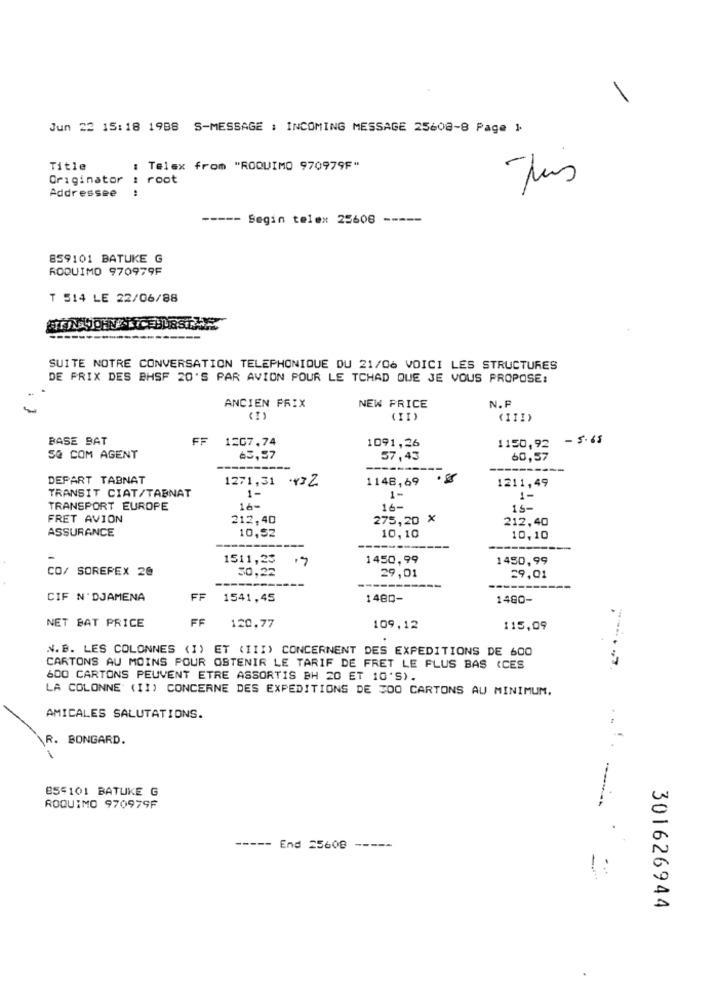
Jun 22 15:18 1988 S-MESSAGE : INCOMING MESSAGE 25608-8 Page 1.
Title
: Telex from "ROQUIMO 970979F"
Originator
: root
Tus
Addressee
..
----- Segin telex 25606
859101 BATUKE G
ROQUIMO 970979F
T 514 LE 22/06/88
SUITE NOTRE CONVERSATION TELEPHONIQUE DU 21/06 VOICI LES STRUCTURES
DE PRIX DES BHSF 20'S PAR AVION POUR LE TCHAD QUE JE VOUS PROPOSE:
ANCIEN PRIX
NEW PRICE
N.F
( I)
(II)
(III)
BASE BAT
FF 1207.74
- 5.65
1091,26
1150,92
SQ COM AGENT
63,57
57,43
60,57
---
----
DEPART TABNAT
1148,69
1211,49
1271,31 Y32
TRANSIT CIAT/TABNAT
1-
1-
1-
TRANSPORT EUROPE
16-
16-
15-
FRET AVION
212,40
275,20 X
212,40
ASSURANCE
10,52
10,10
10,10
17
1450,99
1450,99
CO/ SOREPEX 20
1511,25
30,22
29,01
29,01
CIF N' DJAMENA
FF
1541,45
1480-
1480-
NET BAT PRICE
FF
120,77
109,12
115,09
N. B. LES COLONNES (I) ET (III) CONCERNENT DES EXPEDITIONS DE 600
CARTONS AU MOINS POUR OBTENIR LE TARIF DE FRET LE FLUS BAS (CES
600 CARTONS PEUVENT ETRE ASSORTIS BH 20 ET 10'S).
LA COLONNE (II) CONCERNE DES EXPEDITIONS DE 300 CARTONS AU MINIMUM.
AMICALES SALUTATIONS.
\R.
BONGARD.
BS5101 BATUKE G
ROQUIMO 970979F
----- End 25608 -----
301626944